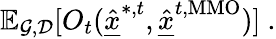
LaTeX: \mathbb{E}_{\mathcal{G},\mathcal{D}}[O_{t}(\underline{{\hat{x}}}^{*,t},\underline{{\hat{x}}}^{t,\mathrm{MMO}})]\ .